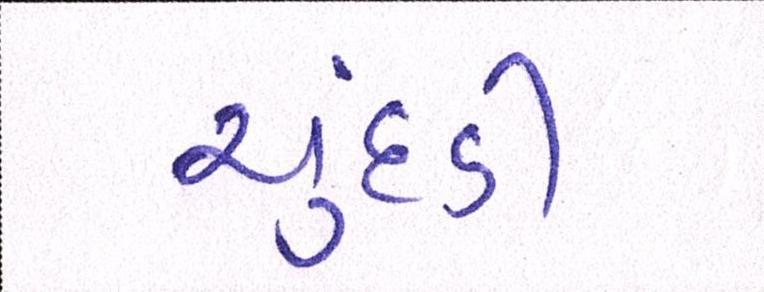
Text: ચુદડી